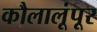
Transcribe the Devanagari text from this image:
कौलालूंपूर